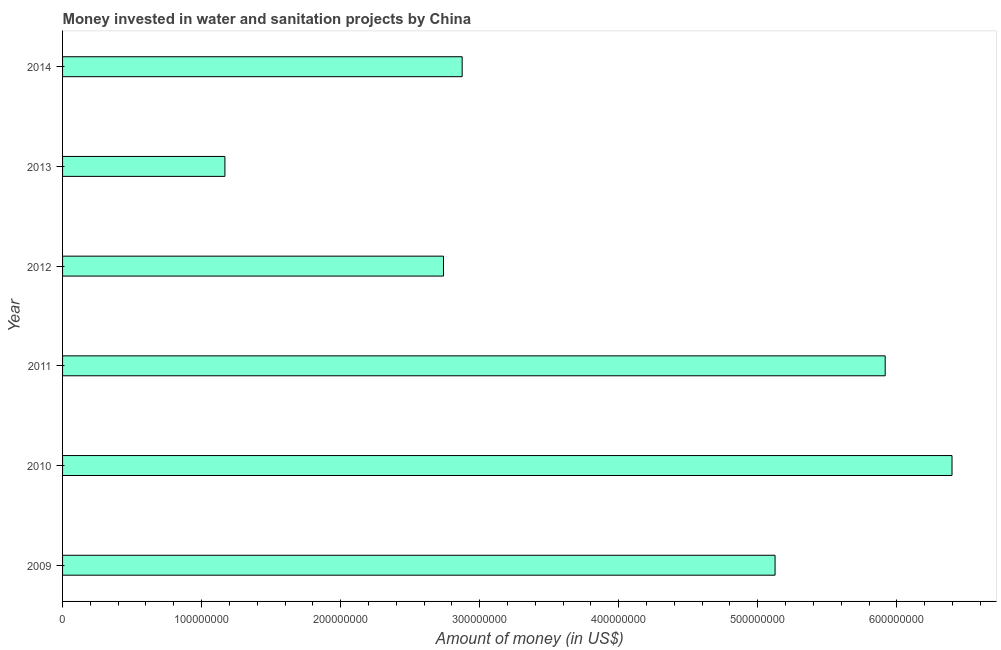
| Year | Investment |
 | --- | --- |
 | 2009 | 5.12e+08 |
 | 2010 | 6.4e+08 |
 | 2011 | 5.92e+08 |
 | 2012 | 2.74e+08 |
 | 2013 | 1.17e+08 |
 | 2014 | 2.87e+08 |